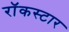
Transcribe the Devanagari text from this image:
रॉकस्‍टार